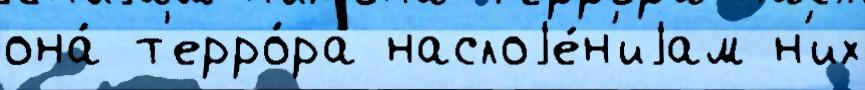
она́ т'ерро́ра наслоjе́н'иjам н'их